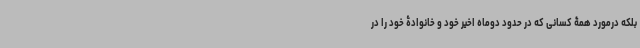
بلکه درمورد همۀ کسانی که در حدود دوماه اخیر خود و خانوادۀ خود را در